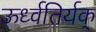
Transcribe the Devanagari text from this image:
ऊर्ध्वतिर्यक्‌